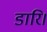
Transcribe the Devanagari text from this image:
डारि।